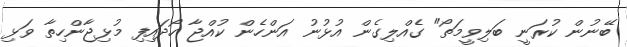
ބޭނުން ކުރަނީ ބަލިވީމަތޯ" ގެއްލިގެން އުޅުނު އަންހެން ކުއްޖާ ހޯދައިފި މުޅިޖާންހިތާ ވަޅި